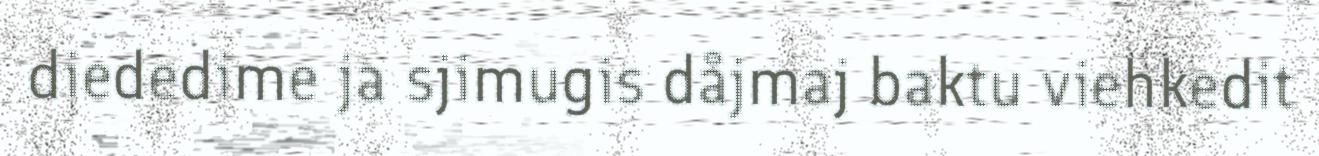
diededime ja sjimugis dåjmaj baktu viehkedit